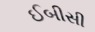
ઈબીસી